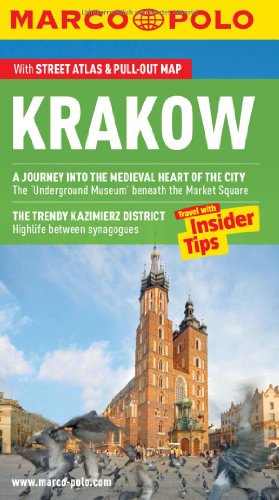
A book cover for Krakow Marco Polo Guide (Marco Polo Guides); Marco Polo Travel; Travel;